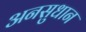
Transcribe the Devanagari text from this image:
अनसुधान